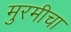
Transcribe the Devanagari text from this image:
मुरमीचा